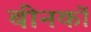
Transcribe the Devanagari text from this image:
बीनकों